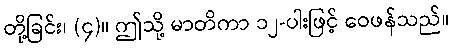
တို့ခြင်း၊ (၄)။ ဤသို့ မာတိကာ ၁၂-ပါးဖြင့် ဝေဖန်သည်။